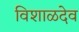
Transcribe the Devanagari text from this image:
विशाळदेव